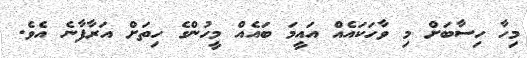
މިހާ ހިސާބަށް މި ވާހަކައެއް އައީމަ ބައެއް މީހުންގެ ހިތަށް އަރާފާނެ އެވެ.